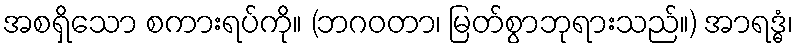
အစရှိသော စကားရပ်ကို။ (ဘဂဝတာ၊ မြတ်စွာဘုရားသည်။) အာရဒ္ဓံ၊